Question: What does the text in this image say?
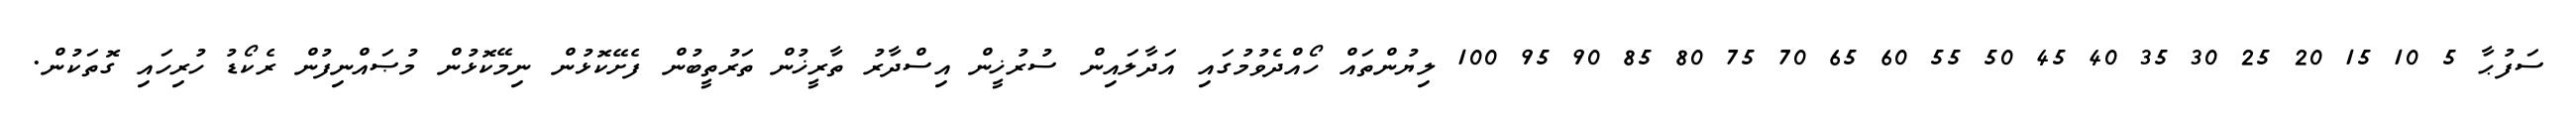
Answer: ސަފުޙާ 5 10 15 20 25 30 35 40 45 50 55 60 65 70 75 80 85 90 95 100 ލިޔުންތައް ހޯއްދެވުމުގައި އަދާލައިން ސުރުޚީން އިސްދާރު ތާރީޚުން ތަރުތީބުން ފެށޭކޮޅުން ނިމޭކޮޅުން މުޞައްނިފުން ރެކޯޑު ހުރިހައި ގޮތަކުން.